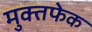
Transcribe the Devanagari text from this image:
मुक्तफेक